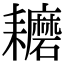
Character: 耱